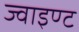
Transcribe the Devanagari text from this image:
ज्वाइण्ट